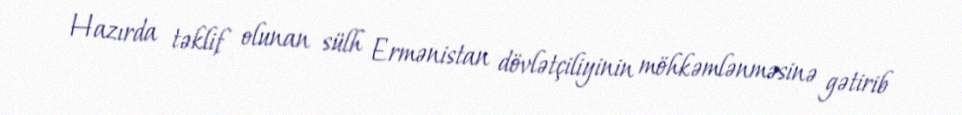
Hazırda təklif olunan sülh Ermənistan dövlətçiliyinin möhkəmlənməsinə gətirib